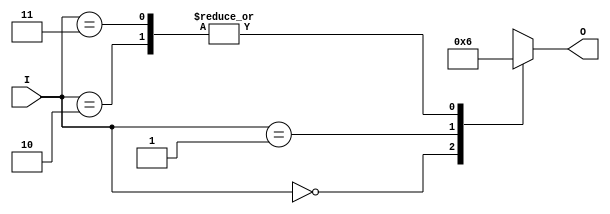
module binary_encoder (
    input wire [1:0] I,      // 2 input lines (I0, I1)
    output reg [1:0] O       // 2-bit output (O0, O1)
);

    always @(*) begin
        case (I)
            2'b00: O = 2'b00; // No inputs active
            2'b01: O = 2'b01; // I1 is active
            2'b10: O = 2'b10; // I0 is active
            2'b11: O = 2'b10; // Both I0 and I1 are active, output is the highest index (I0)
            default: O = 2'b00; // Default case
        endcase
    end

endmodule